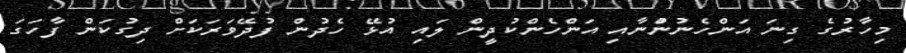
މިހާރުގެ ގިނަ އަންހެނުންުނާއި އަންހެންކުދީން ލައި އުޅޭ ހެދުން ފުދޭވަރަކަށް ދިގުކަން ފާހަގަ